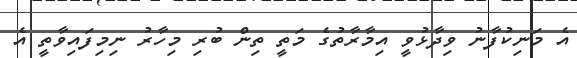
އެ މަނިކުފާނު ވިދާޅުވީ އިމާރާތުގެ މަތީ ތިން ބުރި މިހާރު ނިމިފައިވާތީ އެ